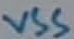
Text: VSS